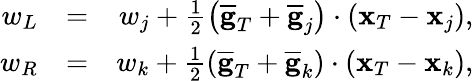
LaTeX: \begin{array}{rlr}{w_{L}}&{=}&{w_{j}+\frac{1}{2}\left(\overline{{\mathbf g}}_{T}+\overline{{\mathbf g}}_{j}\right)\cdot({\mathbf x}_{T}-{\mathbf x}_{j}),}\\ {w_{R}}&{=}&{w_{k}+\frac{1}{2}\left(\overline{{\mathbf g}}_{T}+\overline{{\mathbf g}}_{k}\right)\cdot({\mathbf x}_{T}-{\mathbf x}_{k}),}\end{array}